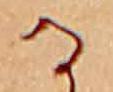
る